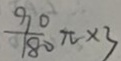
\frac { 9 0 } { 1 8 0 } \pi \times 3